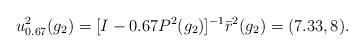
LaTeX: \begin{align*} u_{0.67}^2(g_2)=[I-0.67 P^2(g_2)]^{-1}\bar{r}^2(g_2)=(7.33,8).\end{align*}